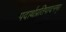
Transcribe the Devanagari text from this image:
पदार्थप्रतिपादनम्।